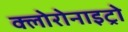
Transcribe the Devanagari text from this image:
क्लोरोनाइट्रो